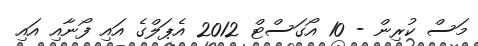
މަސް ކުރިން - 10 އޯގަސްޓް 2012 އެޕަލްގެ އައި ފޯނާއި އައި